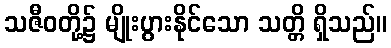
သဇီဝတို့၌ မျိုးပွားနိုင်သော သတ္တိ ရှိသည်။